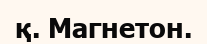
қ. Магнетон.